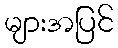
များအပြင်